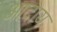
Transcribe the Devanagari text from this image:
आदाय